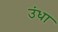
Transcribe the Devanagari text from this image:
उंधा